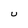
Character: U